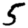
Digit: 5